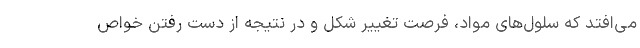
می‌افتد که سلول‌های مواد، فرصت تغییر شکل و در نتیجه از دست رفتن خواص